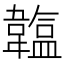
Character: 𩏛